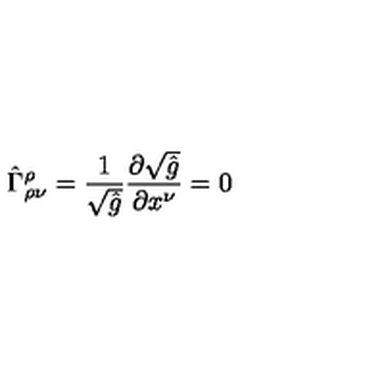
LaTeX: \hat { \Gamma } _ { \rho \nu } ^ { \rho } = \frac { 1 } { \sqrt { \hat { g } } } \frac { \partial \sqrt { \hat { g } } } { \partial x ^ { \nu } } = 0